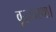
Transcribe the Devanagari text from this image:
वृद्धावस्था।